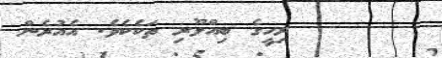
١٦      ރިހީގެ ބިއްލޫރި ތަކެކެވެ. އެއުރެން